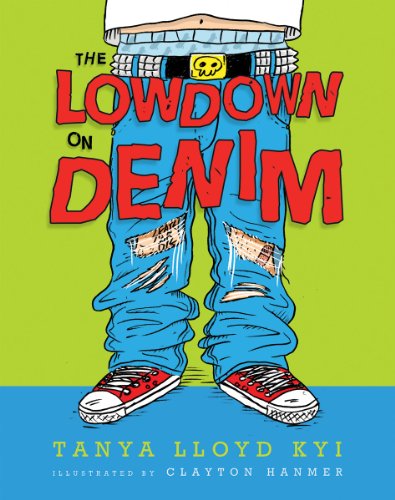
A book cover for The Lowdown on Denim; Tanya Kyi; Children's Books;